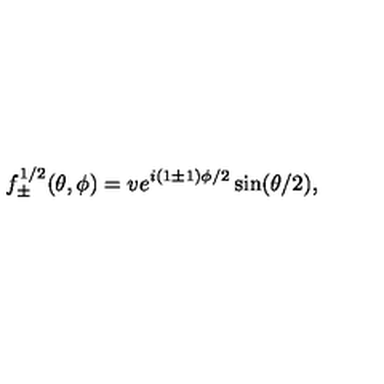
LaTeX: f _ { \pm } ^ { 1 / 2 } ( \theta , \phi ) = v e ^ { i ( 1 \pm 1 ) \phi / 2 } \sin ( \theta / 2 ) ,